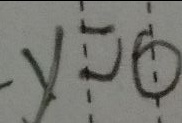
y = 0